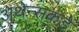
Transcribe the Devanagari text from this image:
अथेन्सकडे